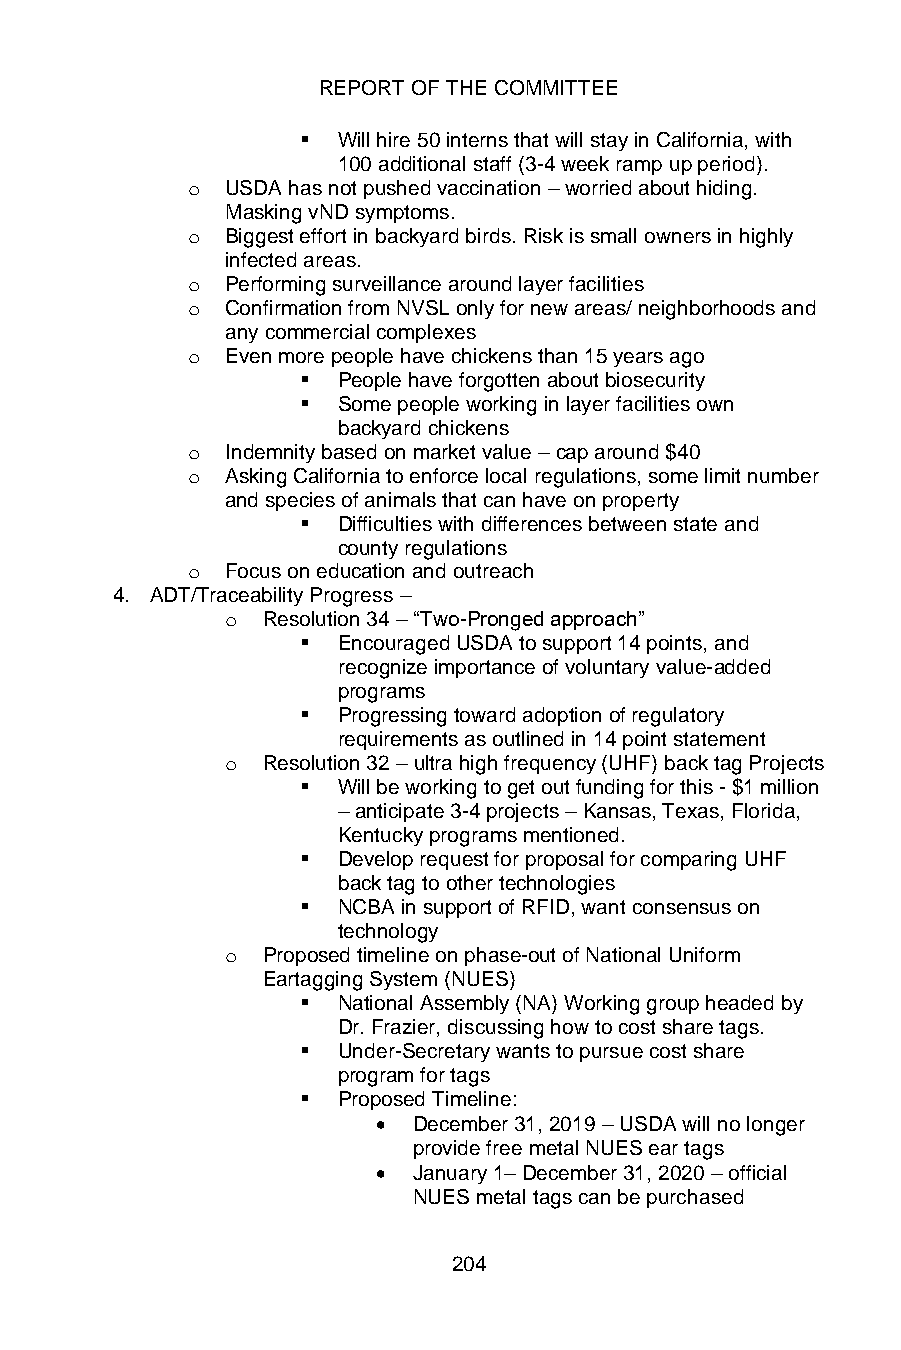
REPORT OF THE COMMITTEE
 ▪ Will hire 50 interns that will stay in California, with
 100 additional staff (3-4 week ramp up period).
 o  USDA has not pushed vaccination – worried about hiding.
 Masking vND symptoms.
 o  Biggest effort in backyard birds. Risk is small owners in highly
 infected areas.
 o  Performing surveillance around layer facilities
 o  Confirmation from NVSL only for new areas/ neighborhoods and
 any commercial complexes
 o  Even more people have chickens than 15 years ago
 ▪ People have forgotten about biosecurity
 ▪ Some people working in layer facilities own
 backyard chickens
 o  Indemnity based on market value – cap around $40
 o  Asking California to enforce local regulations, some limit number
 and species of animals that can have on property
 ▪ Difficulties with differences between state and
 county regulations
 o  Focus on education and outreach
 4. ADT/Traceability Progress –
 o Resolution 34 – “Two-Pronged approach”
 ▪ Encouraged USDA to support 14 points, and
 recognize importance of voluntary value-added
 programs
 ▪ Progressing toward adoption of regulatory
 requirements as outlined in 14 point statement
 o Resolution 32 – ultra high frequency (UHF) back tag Projects
 ▪ Will be working to get out funding for this - $1 million
 – anticipate 3-4 projects – Kansas, Texas, Florida,
 Kentucky programs mentioned.
 ▪ Develop request for proposal for comparing UHF
 back tag to other technologies
 ▪ NCBA in support of RFID, want consensus on
 technology
 o Proposed timeline on phase-out of National Uniform
 Eartagging System (NUES)
 ▪ National Assembly (NA) Working group headed by
 Dr. Frazier, discussing how to cost share tags.
 ▪ Under-Secretary wants to pursue cost share
 program for tags
 ▪ Proposed Timeline:
 • December 31, 2019 – USDA will no longer
 provide free metal NUES ear tags
 • January 1– December 31, 2020 – official
 NUES metal tags can be purchased
 204